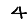
Digit: 4